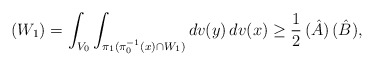
\begin{align*}(W_1) = \int_{V_0} \int_{\pi_1(\pi_0^{-1}(x) \cap W_1)} dv(y) \, dv(x) \geq \frac 12 \, (\hat A) \, (\hat B),\end{align*}